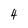
Character: 4